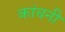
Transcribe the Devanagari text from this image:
कांचनी